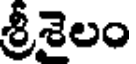
శ్రీశైలం